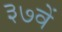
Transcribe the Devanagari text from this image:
३७वें